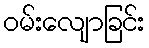
ဝမ်းလျောခြင်း